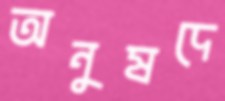
অনুষদে